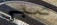
صبي